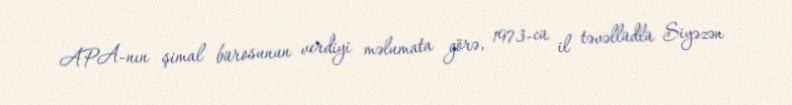
APA-nın şimal bürosunun verdiyi məlumata görə, 1973-cü il təvəllüdlü Siyəzən